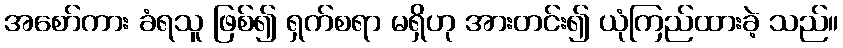
အစော်ကား ခံရသူ ဖြစ်၍ ရှက်စရာ မရှိဟု အားတင်း၍ ယုံကြည်ထားခဲ့ သည်။